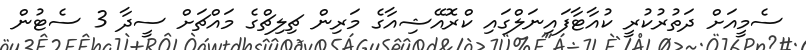
ސެމީއަށް ދަތުރުކުރީ ކުއާޓާފައިނަލްގައި ކްރޮއޭޝިއާގެ މަރިން ޗިލިޗްގެ މައްޗަށް ސީދާ 3 ސެޓުން